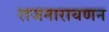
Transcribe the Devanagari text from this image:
राजनारायणन